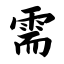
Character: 需